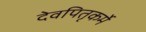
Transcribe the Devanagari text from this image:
देवपितृकर्मे